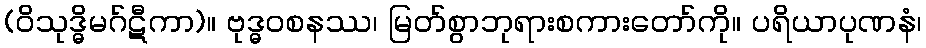
(ဝိသုဒ္ဓိမဂ်ဋီကာ)။ ဗုဒ္ဓဝစနဿ၊ မြတ်စွာဘုရားစကားတော်ကို။ ပရိယာပုဏနံ၊